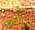
رأسى